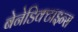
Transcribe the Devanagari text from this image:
बेनेडिक्टाइन्स